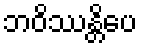
ဘဝိဿန္တိပေ